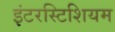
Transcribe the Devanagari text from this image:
इंटरस्टिशियम